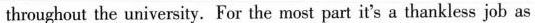
throughout the university.For the most part it's n thankless job as